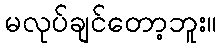
မလုပ်ချင်တော့ဘူး။